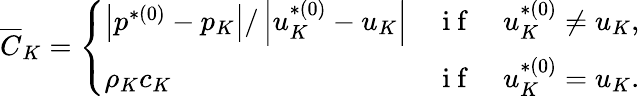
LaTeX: \overline{{C}}_{K}=\left\{ \begin{array}{ll}{\left|p^{*(0)}-p_{K}\right|/\left|u_{K}^{*(0)}-u_{K}\right|}&{\mathrm{~i~f~}\quad u_{K}^{*(0)}\neq u_{K},}\\ {\rho_{K}c_{K}}&{\mathrm{~i~f~}\quad u_{K}^{*(0)}=u_{K}.}\end{array}\right.